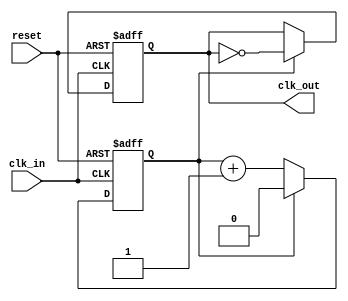
module clock_divider #(
    parameter DIV_FACTOR = 2  // Default division factor
)(
    input wire clk_in,         // Input clock signal
    input wire reset,          // Asynchronous reset signal
    output reg clk_out         // Divided clock output
);

    // Internal counter
    reg [$clog2(DIV_FACTOR)-1:0] counter; // Counter size based on DIV_FACTOR

    // Always block for clock division logic
    always @(posedge clk_in or posedge reset) begin
        if (reset) begin
            counter <= 0;      // Reset counter
            clk_out <= 0;      // Reset output clock
        end else begin
            if (counter == DIV_FACTOR - 1) begin
                counter <= 0;   // Reset counter
                clk_out <= ~clk_out; // Toggle the output clock
            end else begin
                counter <= counter + 1; // Increment counter
            end
        end
    end

endmodule